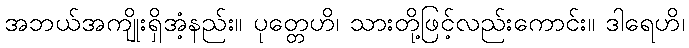
အဘယ်အကျိုးရှိအံ့နည်း။ ပုတ္တေဟိ၊ သားတို့ဖြင့်လည်းကောင်း။ ဒါရေဟိ၊